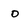
Character: o